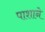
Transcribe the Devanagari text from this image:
पाशाने